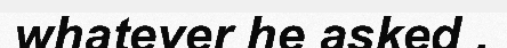
whatever he asked .